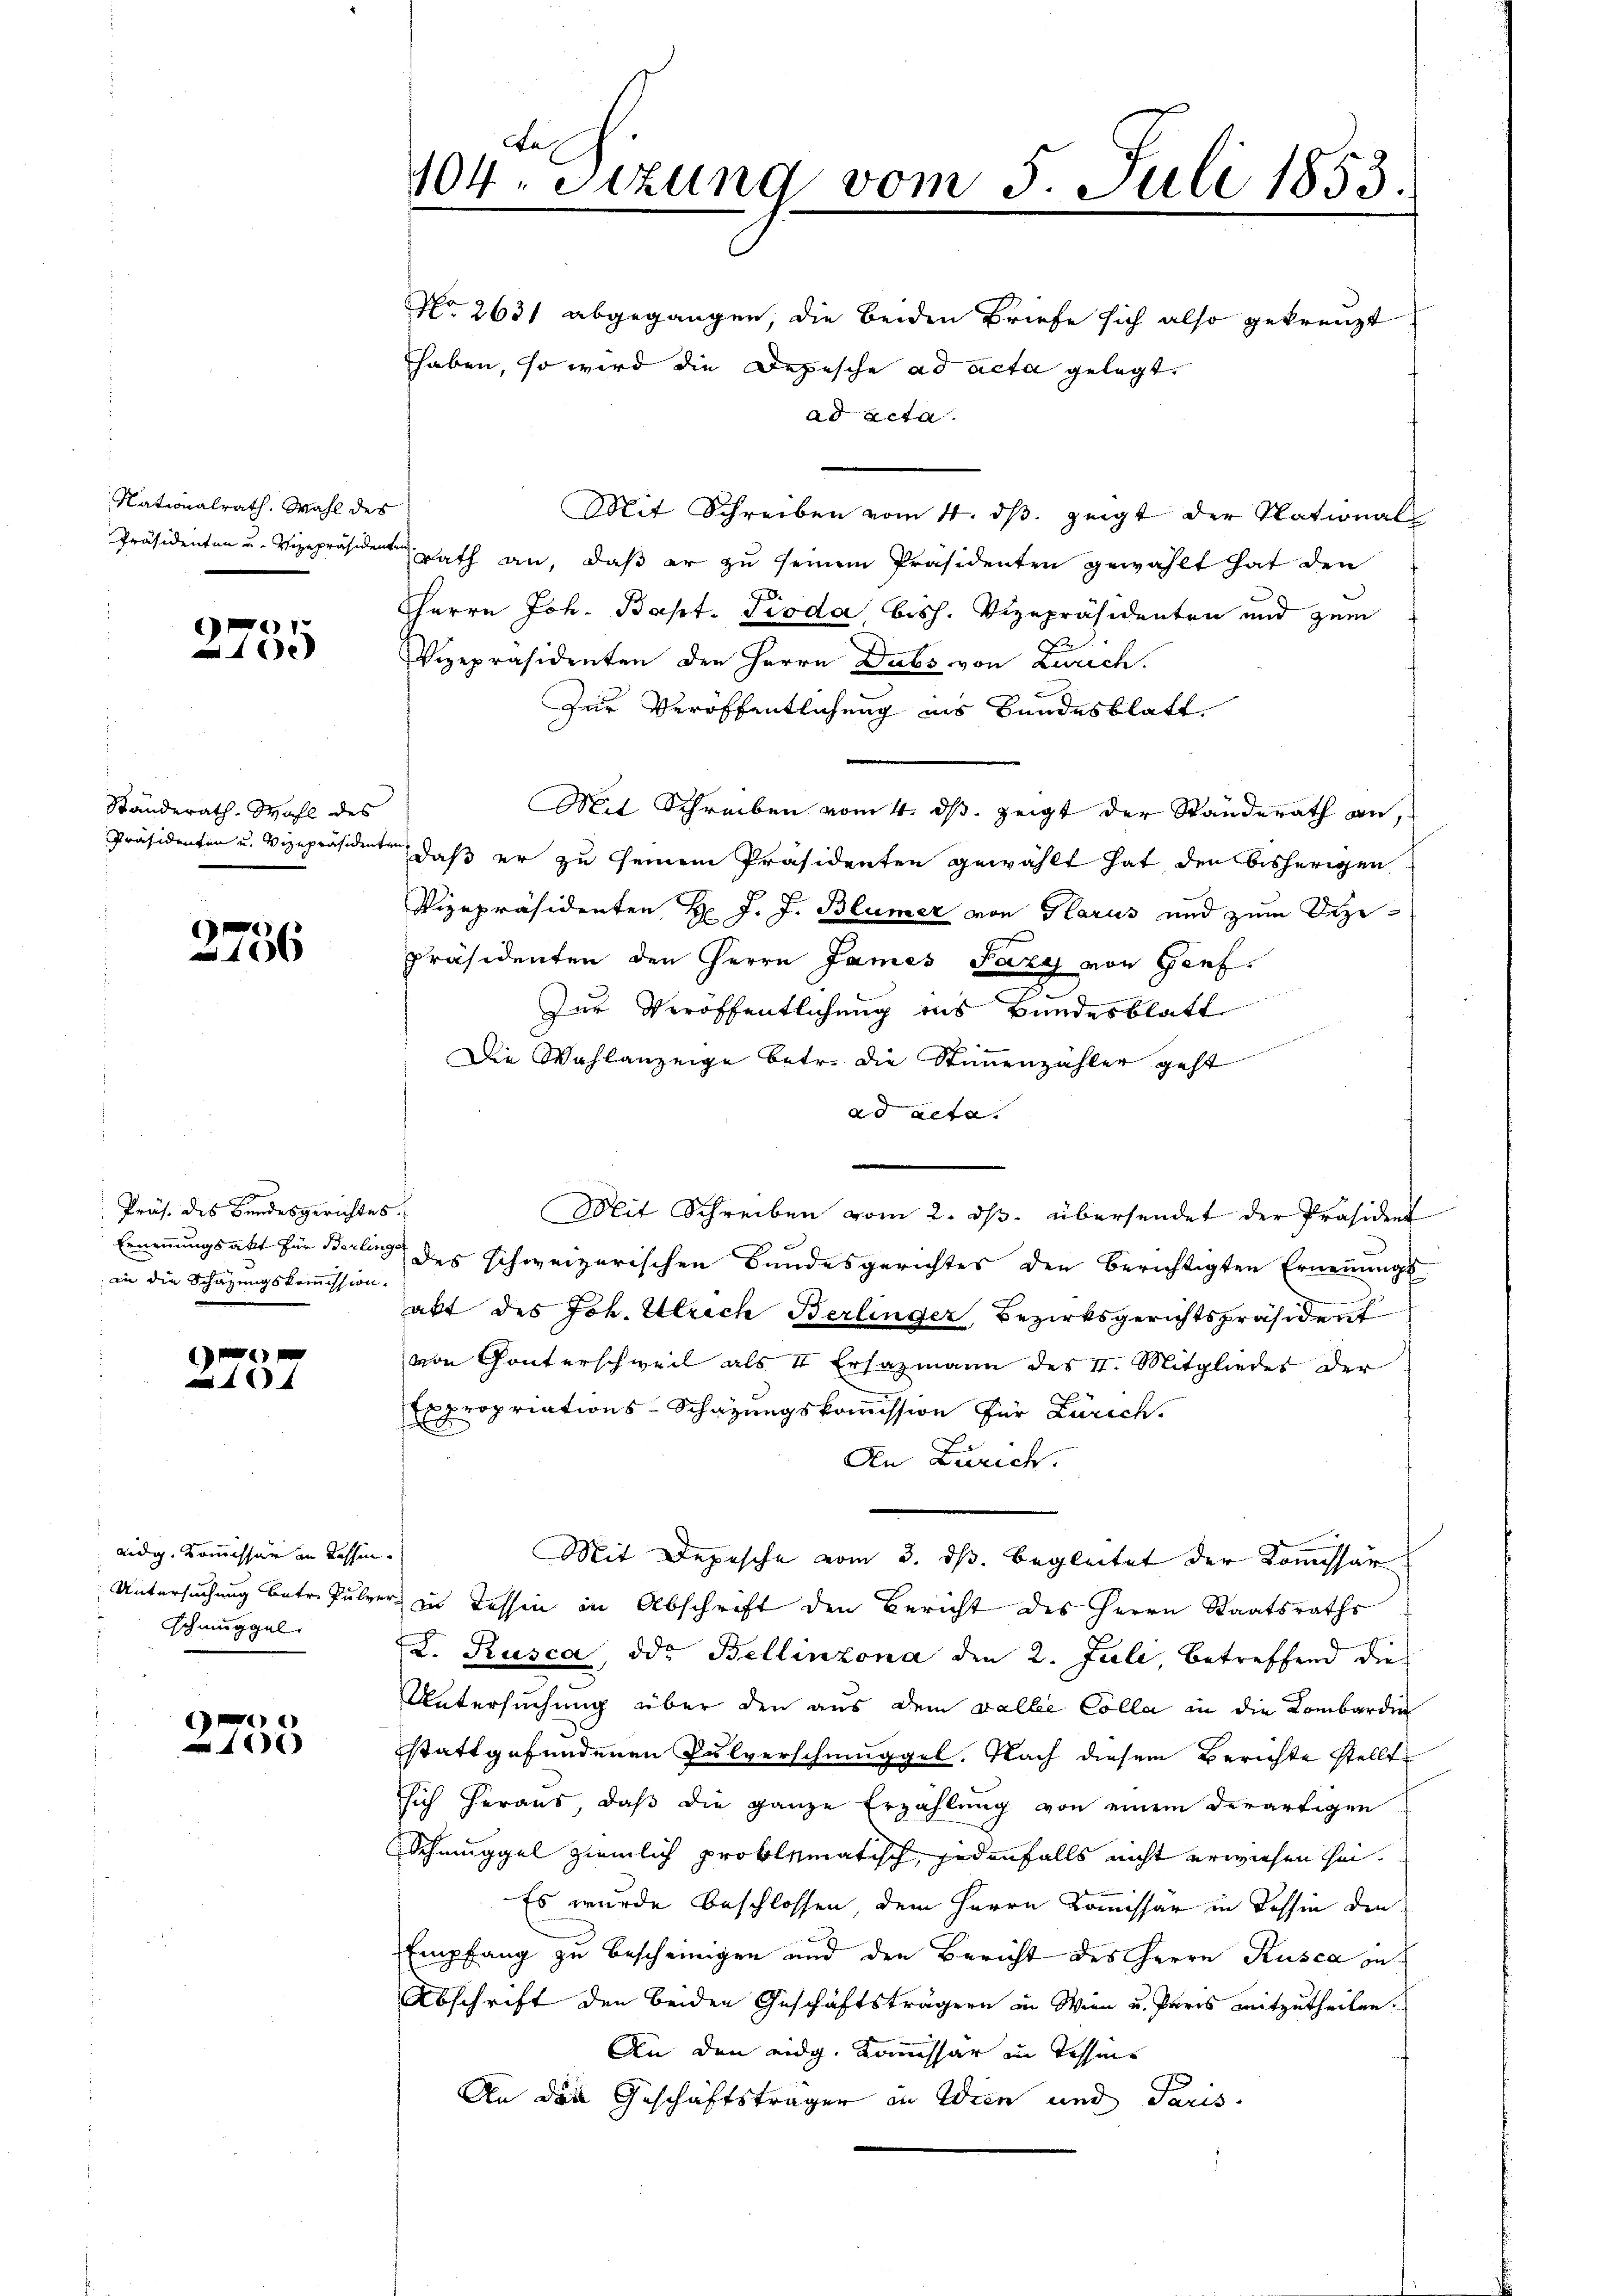
Nationalrath. Wahl des

1
xx

Ständerath. Wahl des
Präsidenten u. Vizepräsident

.
106

e
Präs. des Bundesgerichtes
an die Schazungskommission.

xx

eidg. Kommissär in Kessen
Untersuchung betr. Pulve
Schmuggel

1000

a
104. Sitzung vom 5. Juli 1853.
Nro 2631 abgegangen, die beiden Briefe sich also gekreuzt
haben, so wird die Depesche ad acta gelegt.

ad acta.
Mit Schreiben vom 4. dβ zeigt der National
Präsidenten u. Vizepräsiden Rath an, daß er zu seinem Präsidenten gewählt hat den
HHerrn Joh. Bapt. Pioda bish. Vizepräsidenten und zum
Vizepräsidenten den Herrn Dubs von Zürich.
Zur Veröffentlichung ins Bundesblatt.
Mit Schreiben vom 4. ds. zeigt der Standerath an,
ten
daß er zu seinem Präsidenten gewählt hat den bisherigen
Vizepräsidenten H. J. J. Blümer von Glarus und zum Deze¬
Präsidenten den Herrn James Pazy von Genf.
Zur Veröffentlichung ins Bundesblatt
Die Wahlanzeige betr. die Stimmenzähler geht
ad acte.
Mit Schreiben vom 2. ds. übersendet der Präsident
Ernennungsakt für Berling des schweizerischen Bundesgerichtes den berichtigten Ernennungs
akt des Joh. Ulrich Berlinger, Bezirksgerichtspräsident
von Gonterschweil als 4 Ersazmann des II. Mitgliedes der
Expropriations-Schazungskommission für Zürich
Den Zürich.
c
Mit Depesche vom 3. ds. begleitet der Kommissär
r in Tessin in Abschrift den Bericht des Herrn Staatsraths
L. Rusca, die Bellinzona den 2. Juli, betreffend dies
Untersuchung über den aus dem Falle Colla in die Lombardin
stattgefundenen Pulverschmuggel. Nach diesem Berichte stellt
sich heraus, daß die ganze Erzählung von einem derartigen
Schmuggel ziemlich proklamatisch, jedenfalls nicht erwiesen sei.
Es wurde beschlossen, dem Herrn Kommissär in Tessin den
Empfang zu bescheinigen und den Bericht des Herrn Rusca in
Abschrift den beiden Geschäftsträgern in Wien u. Paris mitzutheilen.
An den eidg. Kommissär in Tessins
An den Geschäftsträger in Wien und Paris